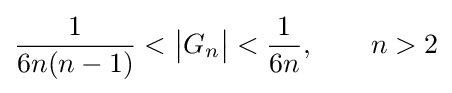
{\frac {1}{6n(n-1)}}<{\big |}G_{n}{\big |}<{\frac {1}{6n}},\qquad n>2